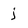
Character: j